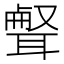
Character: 𦖥